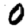
Digit: 0